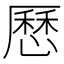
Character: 𠪱